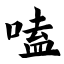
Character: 嗑